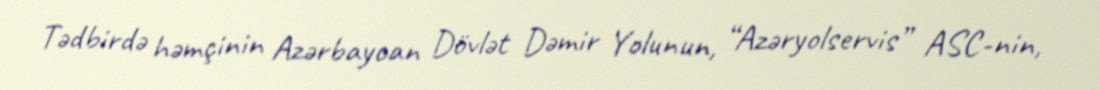
Tədbirdə həmçinin Azərbaycan Dövlət Dəmir Yolunun, “Azəryolservis” ASC-nin,